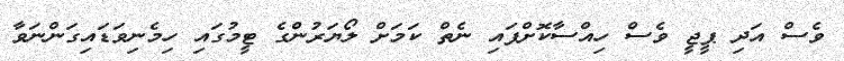
ވެސް އަދި ޕީޖީ ވެސް ހިއްސާކޮށްފައި ނެތް ކަމަށް ލޯޔަރުންގެ ޓީމުގައި ހިމެނިވަޑައިގަންނަވާ